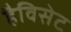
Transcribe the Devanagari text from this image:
हैविसेट